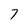
Character: 7